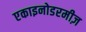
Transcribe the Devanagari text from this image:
एकाइनोडरमीज़